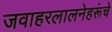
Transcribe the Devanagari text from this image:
जवाहरलालनेहरूंचे